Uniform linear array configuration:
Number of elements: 12
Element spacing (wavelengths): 0.5
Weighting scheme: cosine
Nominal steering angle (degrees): -15
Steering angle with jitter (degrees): -13.852
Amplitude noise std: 0.05
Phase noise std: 0.05

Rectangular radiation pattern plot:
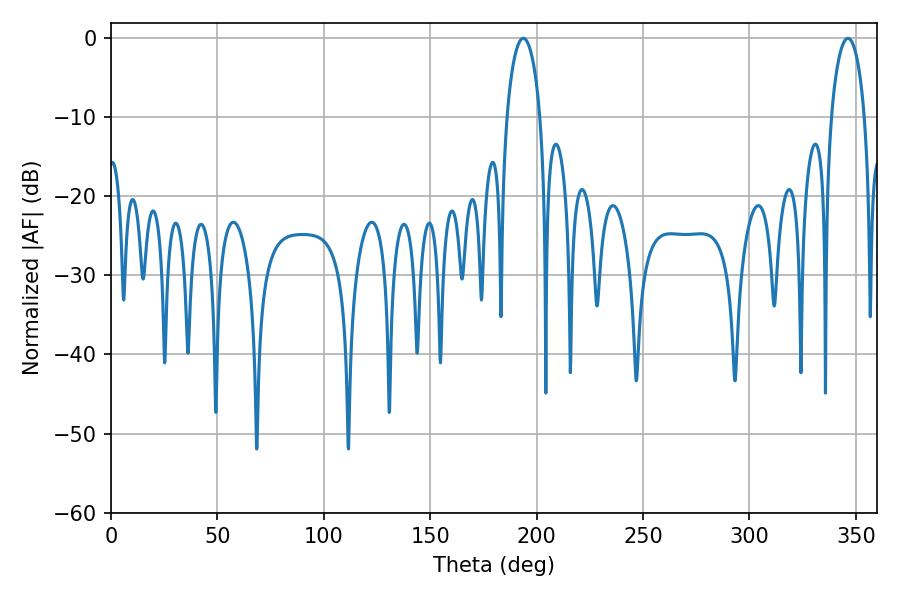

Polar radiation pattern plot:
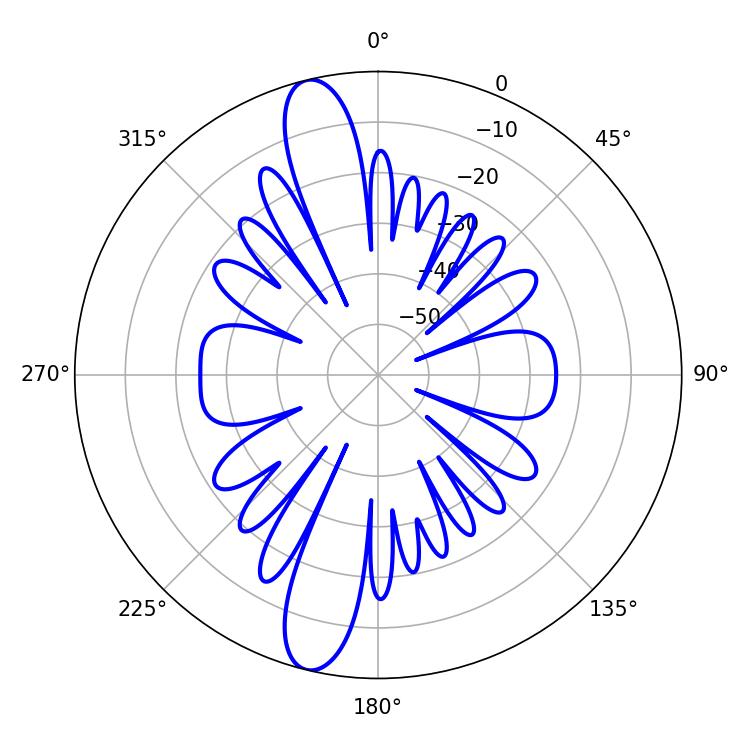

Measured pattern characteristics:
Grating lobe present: FALSE
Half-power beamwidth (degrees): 9
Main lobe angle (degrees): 193.68